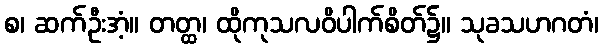
စ၊ ဆက်ဦးအံ့။ တတ္ထ၊ ထိုကုသလဝိပါက်စိတ်၌။ သုခသဟဂတံ၊